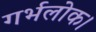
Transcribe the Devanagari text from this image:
गर्भलोक।